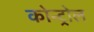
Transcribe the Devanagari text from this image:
कोन्ट्रोल